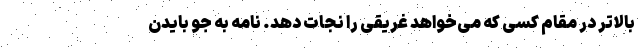
بالاتر در مقام کسی که می‌خواهد غریقی را نجات دهد. نامه به جو بایدن